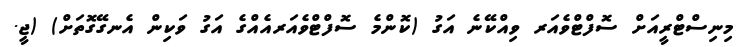
މިނިސްޓްރީއަށް ސޮފްޓްވެއަރ ވިއްކޭނެ އަގު (ކޮންމެ ސޮފްޓްވެއަރއެއްގެ އަގު ވަކިން އެނގޭގޮތަށް) (ޖީ.